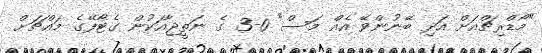
"މޯޑްރިޗްއަށް އަދި ބޭނުންވޭ އެއް މަސް" 0-3 ގެ ނަތީޖާއަކުން ގެޓާފޭގެ މައްޗަށް